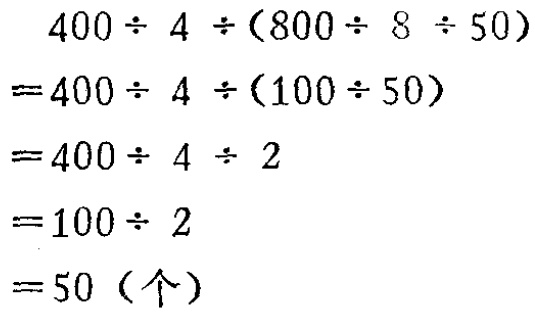
\[
\begin{align*}
&400\div 4\div(800\div 8\div 50)\\
=&400\div 4\div(100\div 50)\\
=&400\div 4\div 2\\
=&100\div 2\\
=&50（个）
\end{align*}
\]